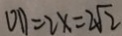
O D = 2 x = 2 \sqrt { 2 }